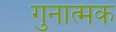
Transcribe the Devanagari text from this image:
गुनात्मक